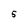
Character: 5